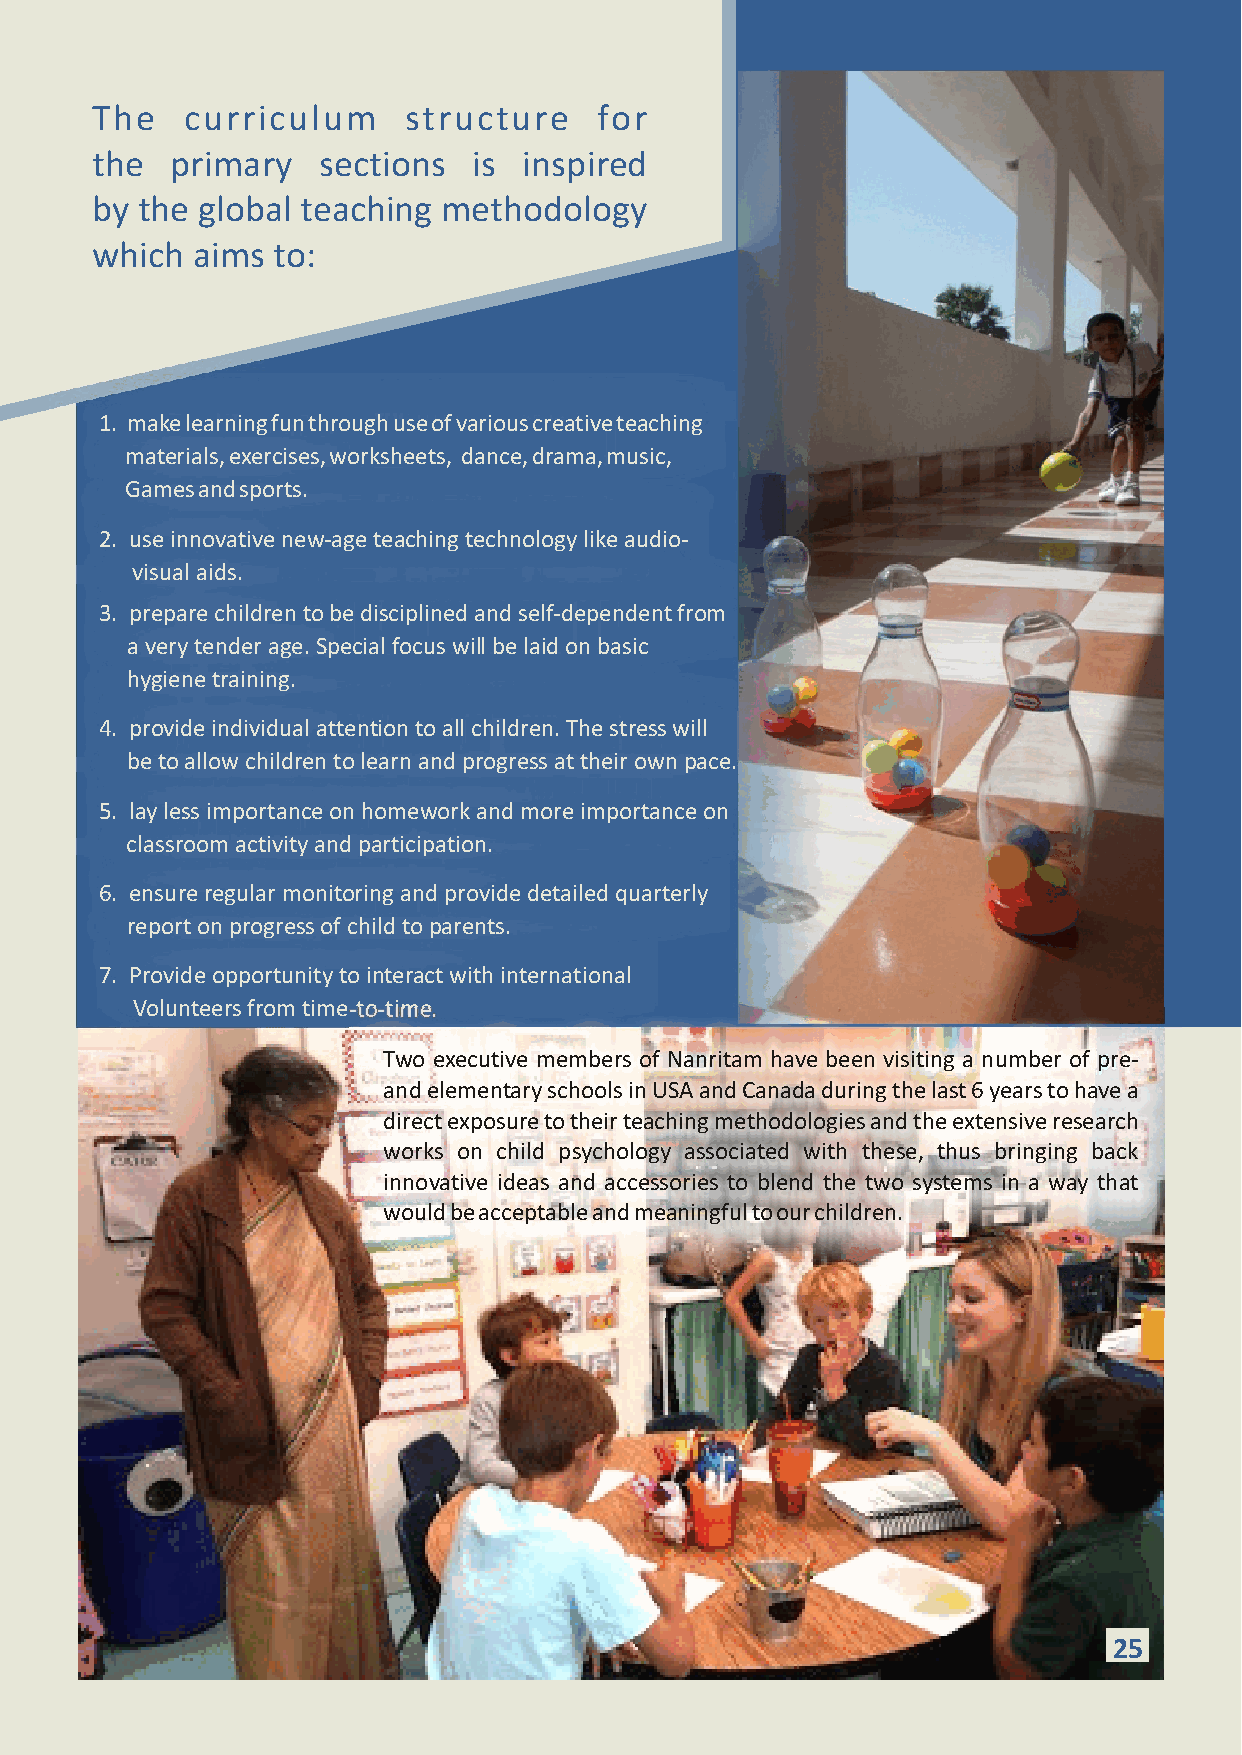
The   curriculum     structure    for
 the  primary   sections  is  inspired
 by the global teaching methodology
 which  aims to:
 1. make learning fun through use of various creative teaching
 materials, exercises, worksheets, dance, drama, music,
 Games and sports.
 2. use innovative new-age teaching technology like audio-
 visual aids.
 3. prepare children to be disciplined and self-dependent from
 a very tender age. Special focus will be laid on basic
 hygiene training.
 4. provide individual attention to all children. The stress will
 be to allow children to learn and progress at their own pace.
 5. lay less importance on homework and more importance on
 classroom activity and participation.
 6. ensure regular monitoring and provide detailed quarterly
 report on progress of child to parents.
 7. Provide opportunity to interact with international
 Volunteers from time-to-time.
 Two executive members of Nanritam have been visiting a number of pre-
 and elementary schools in USA and Canada during the last 6 years to have a
 direct exposure to their teaching methodologies and the extensive research
 works on child psychology associated with these, thus bringing back
 innovative ideas and accessories to blend the two systems in a way that
 would be acceptable and meaningful to our children.
 1295